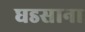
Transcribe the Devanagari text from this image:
घडसाना